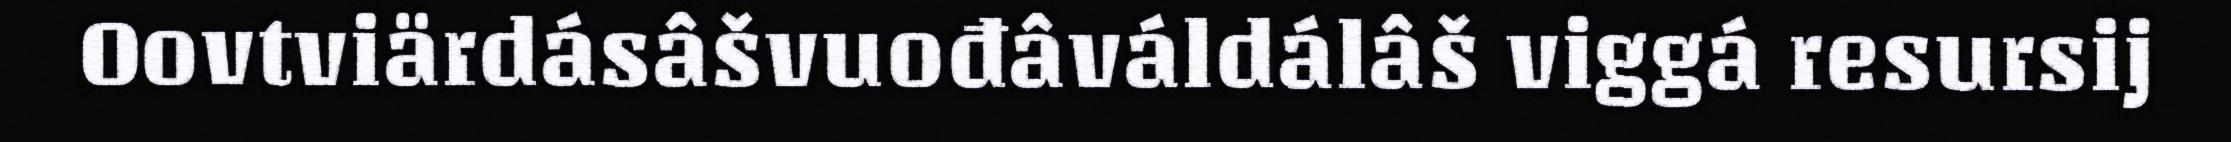
Oovtviärdásâšvuođâváldálâš viggá resursij